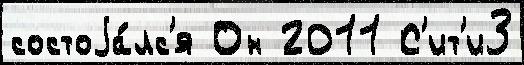
состоjа́лс'я Он 2011 С'ит'и3